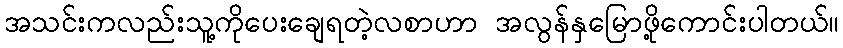
အသင်းကလည်းသူ့ကိုပေးချေရတဲ့လစာဟာ အလွန်နှမြောဖို့ကောင်းပါတယ်။